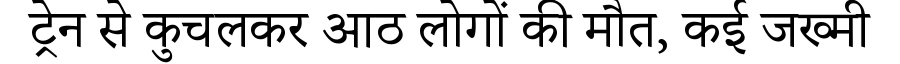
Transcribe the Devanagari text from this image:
ट्रेन से कुचलकर आठ लोगों की मौत, कई जख्मी